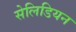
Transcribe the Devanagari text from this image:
सेलिडियन